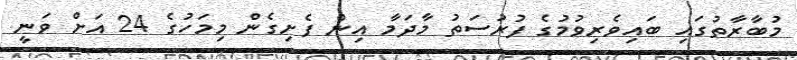
މުބާރާތުގައި ބައިވެރިވުމުގެ ފުރުސަތު މާދަމާ އިން ފެށިގެން މިމަހުގެ 24 އަށް ވަނީ